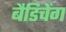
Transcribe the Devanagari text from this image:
बैडिचेंग